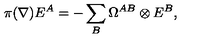
\pi ( \nabla ) E ^ { A } = - \sum _ { B } \Omega ^ { A B } \otimes E ^ { B } ,